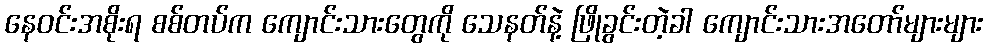
နေဝင်းအစိုးရ စစ်တပ်က ကျောင်းသားတွေကို သေနတ်နဲ့ ဖြိုခွင်းတဲ့ခါ ကျောင်းသားအတော်များများ